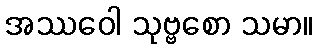
အဿဝေါ သုဗ္ဗစော သမာ။